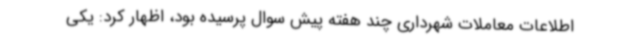
اطلاعات معاملات شهرداری چند هفته پیش سوال پرسیده بود، اظهار کرد: یکی